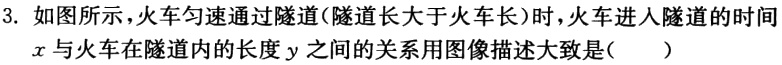
3. 如图所示，火车匀速通过隧道（隧道长大于火车长）时，火车进入隧道的时间\(x\)与火车在隧道内的长度\(y\)之间的关系用图像描述大致是（  ）